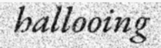
hallooing